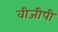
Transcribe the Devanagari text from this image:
वीजीपी